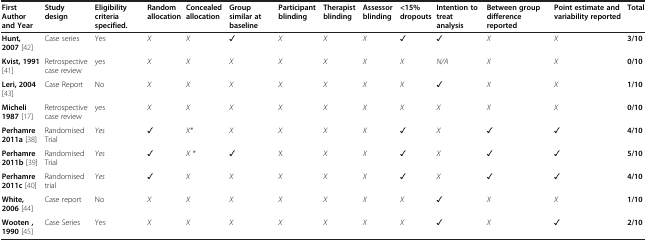
| First Author and Year | Study design | Eligibility criteria specified. | Random allocation | Concealed allocation | Group similar at baseline | Participant blinding | Therapist blinding | Assessor blinding | <15% dropouts | Intention to treat analysis | Between group difference reported | Point estimate and variability reported | Total |
 | --- | --- | --- | --- | --- | --- | --- | --- | --- | --- | --- | --- | --- | --- |
 | Hunt, 2007[42] | Case series | Yes | X | X | ✓ | X | X | X | ✓ | ✓ | X | X | 3/10 |
 | Kvist, 1991[41] | Retrospective case review | yes | X | X | X | X | X | X | X | N/A | X | X | 0/10 |
 | Leri, 2004[43] | Case Report | No | X | X | X | X | X | X | X | ✓ | X | X | 1/10 |
 | Micheli 1987[17] | Retrospective case review | yes | X | X | X | X | X | X | X | X | X | X | 0/10 |
 | Perhamre 2011a[38] | Randomised Trial | Yes | ✓ | X* | X | X | X | X | ✓ | X | ✓ | ✓ | 4/10 |
 | Perhamre 2011b[39] | Randomised Trial | Yes | ✓ | X * | ✓ | X | X | X | ✓ | X | ✓ | ✓ | 5/10 |
 | Perhamre 2011c [40] | Randomised trial | Yes | ✓ | X | X | X | X | X | ✓ | X | ✓ | ✓ | 4/10 |
 | White, 2006[44] | Case report | No | X | X | X | X | X | X | X | ✓ | X | X | 1/10 |
 | Wooten , 1990[45] | Case Series | Yes | X | X | X | X | X | X | X | ✓ | X | ✓ | 2/10 |